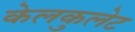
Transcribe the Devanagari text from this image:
केलकुलेट